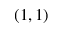
( 1 , 1 )